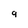
Character: 9